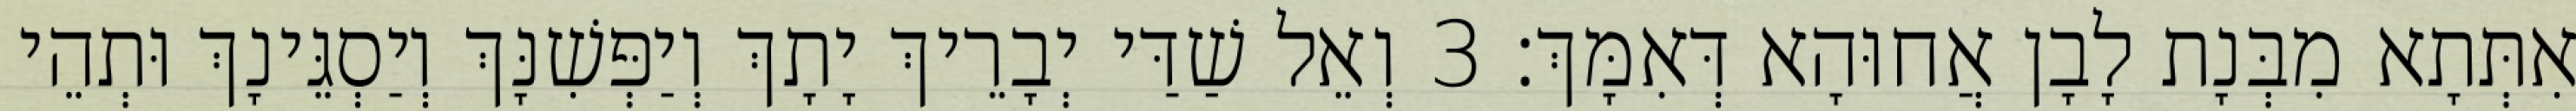
אִתְּתָא מִבְּנָת לָבָן אֲחוּהָא דְּאִמָּךְ׃ 3 וְאֵל שַׁדַּי יְבָרֵיךְ יָתָךְ וְיַפְּשִׁנָּךְ וְיַסְגֵּינָךְ וּתְהֵי